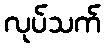
လုပ်သက်